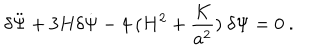
\delta \ddot { \Psi } + 3 H \delta \dot { \Psi } - 4 ~ ( H ^ { 2 } + \frac { K } { a ^ { 2 } } ) ~ \delta \Psi = 0 \ .